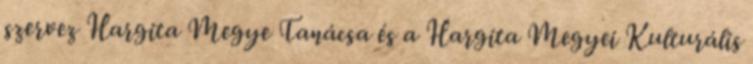
szervez Hargita Megye Tanácsa és a Hargita Megyei Kulturális